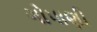
ગોપાણી